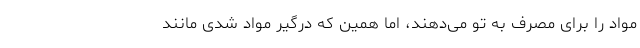
مواد را برای مصرف به تو می‌دهند، اما همین که درگیر مواد شدی مانند